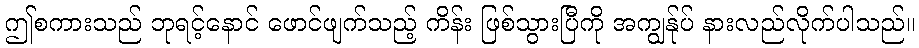
ဤစကားသည် ဘုရင့်နောင် ဖောင်ဖျက်သည့် ကိန်း ဖြစ်သွားပြီကို အကျွန်ုပ် နားလည်လိုက်ပါသည်။